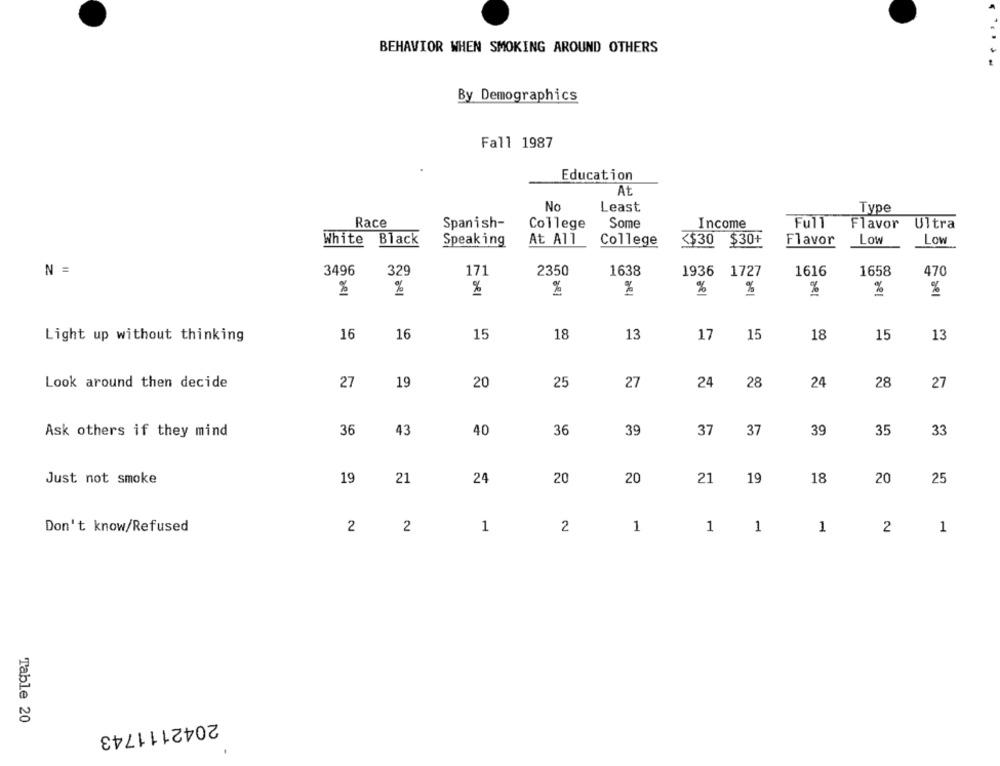
BEHAVIOR WHEN SMOKING AROUND OTHERS
By Demographics
Fall 1987
Education
At
No
Least
Type
Race
Spanish-
College
Some
Income
Full
Flavor Ultra
White
Black
Speaking
At All
College
<$30 $30+
Flavor
LOW
Low
N =
3496
329
171
2350
1638
1936 1727
1616
1658
470
%
%
%
%
%
%
%
Light up without thinking
16
16
15
18
13
17
15
18
15
13
27
19
25
27
24
28
28
Look around then decide
20
24
27
Ask others if they mind
36
43
40
36
39
37
37
39
35
33
Just not smoke
19
21
24
20
20
21
19
18
20
25
Don't know/Refused
2
1
2
1
1 1
1
2
2
1
Table 20
2042111743